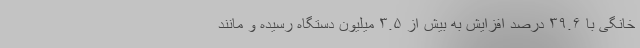
خانگی با ۳۹.۶ درصد افزایش به بیش از ۳.۵ میلیون دستگاه رسیده و مانند